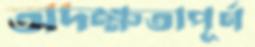
অদক্ষতাপূর্ণ